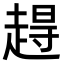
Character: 𫎹